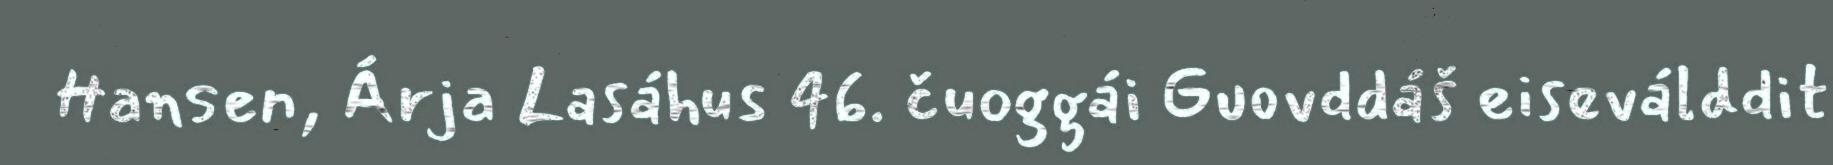
Hansen, Árja Lasáhus 46. čuoggái Guovddáš eiseválddit